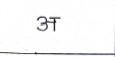
मजकूर: अ